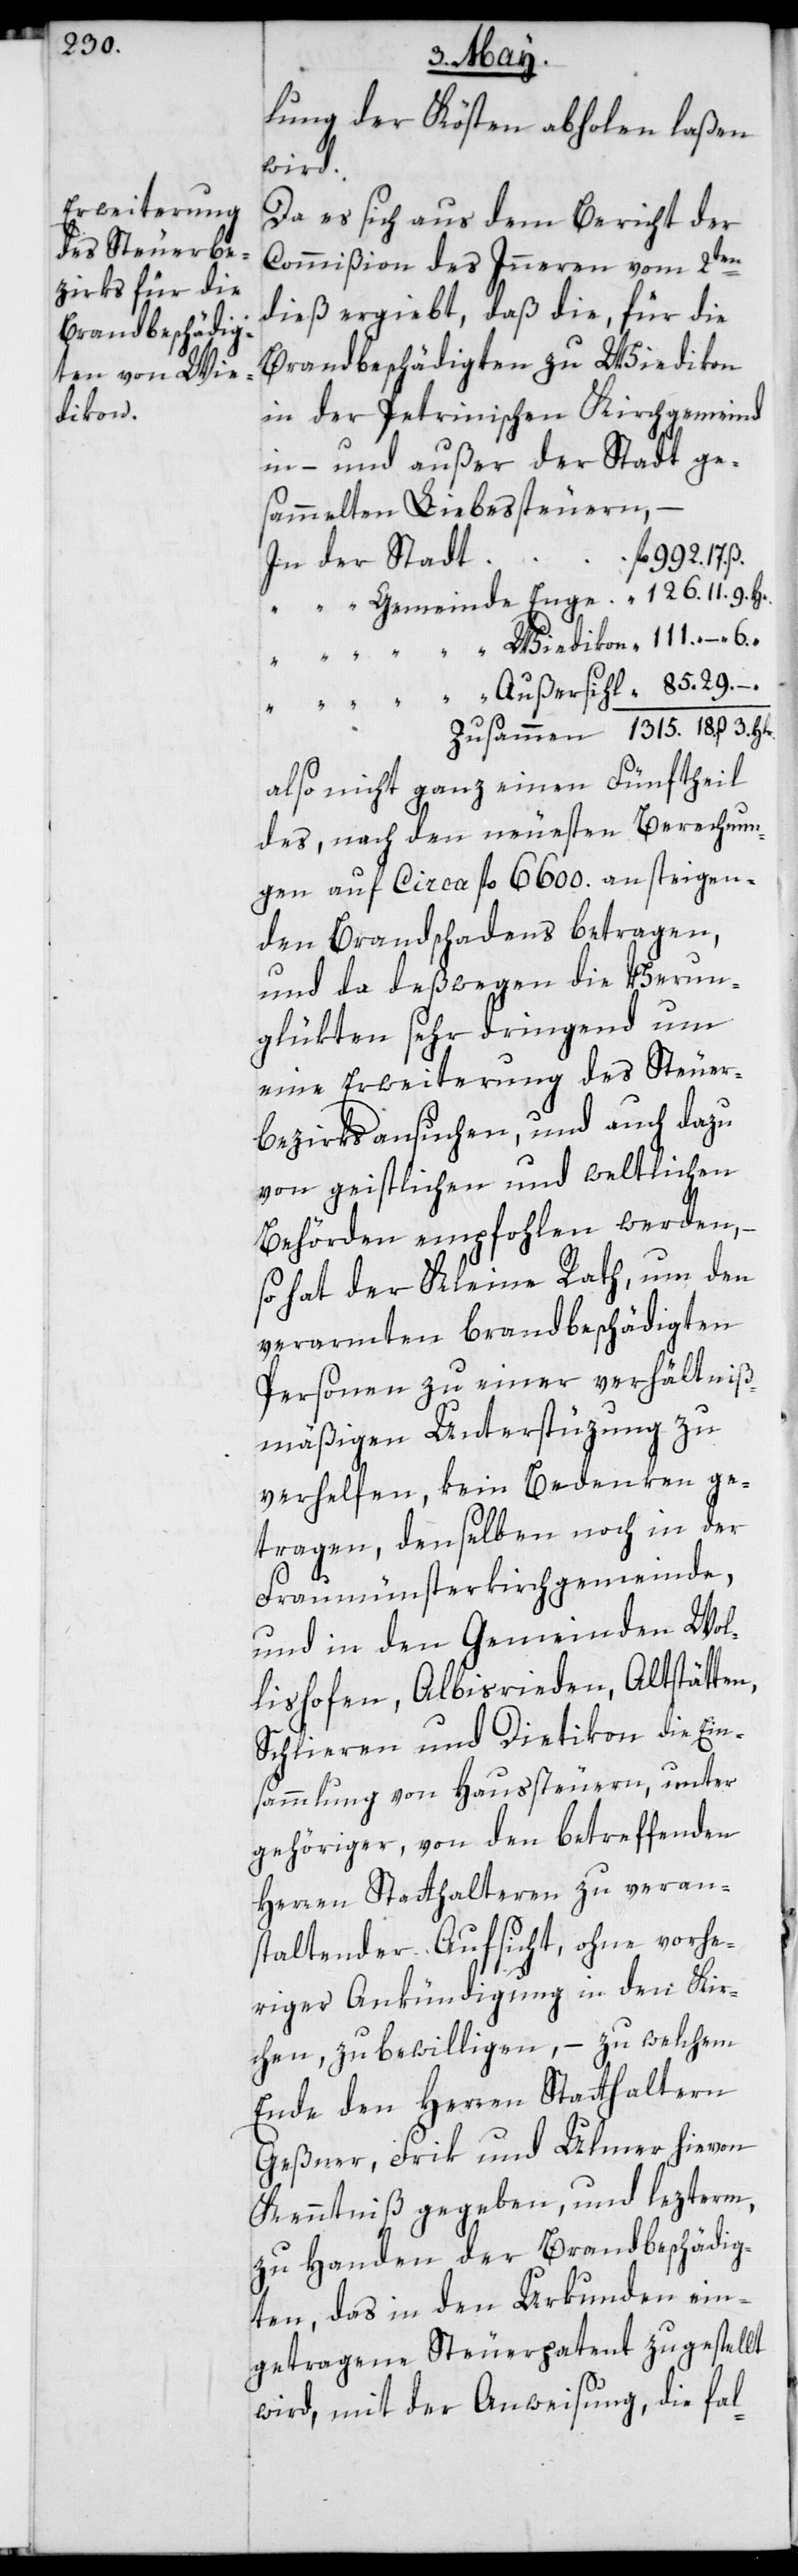
dikon

lung der Kösten abholen laßen
wird.
Da es sich aus dem Bericht der
Commißion des Innern vom 2ten
dieß ergiebt, daß die, für die
Brandbeschädigten zu Wiedikon
in der Petrinischen Kirchgemeinde
in- und außer der Stadt ge¬
sammelten Liebessteuern,
3.
also nicht ganz einen Fünftheil
des, nach den neuesten Berechnun¬
gen auf circa fl. 6600. ansteigen¬
den Brandschadens betragen,
und da deßwegen die Verun¬
glükten sehr dringend um
eine Erweiterung des Steuer¬
bezirks ansuchen, und auch dazu
von geistlichen und weltlichen
Behörden empfohlen werden, –
so hat der Kleine Rath um den
verarmten brandbeschädigten
Personen zu einer verhältniß¬
mäßigen Unterstüzung zu
verhelfen, kein Bedenken ge¬
tragen, denselben noch in der
Fraumünsterkirchgemeinde,
und in den Gemeinden Wol¬
lishofen, Albisrieden, Altstätten,
Schlieren und Dietikon die Ein¬
sammlung von Haussteuern, unter
gehöriger, von den betreffenden
Herren Statthalteren zu veran¬
staltender Aufsicht, ohne vorhe¬
riger Ankündigung in den Kir¬
chen, zu bewilligen, – zu welchem
Ende den Herren Statthaltern
Geßner, Frik und Ulmer hievon
Kenntniß gegeben, und lezterm
zu Handen der Brandbeschädig¬
ten, das in den Urkunden ein¬
getragene Steuerpatent zugestellt
wird, mit der Anweisung, die fal-